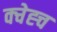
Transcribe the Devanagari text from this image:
क्चेह्च